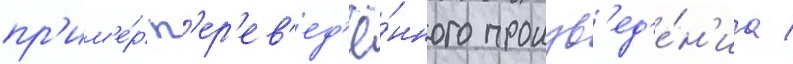
пр'им'е́р п'ер'ев'ед'ё́нного произв'ед'е́н'иа /